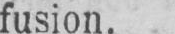
fusion.